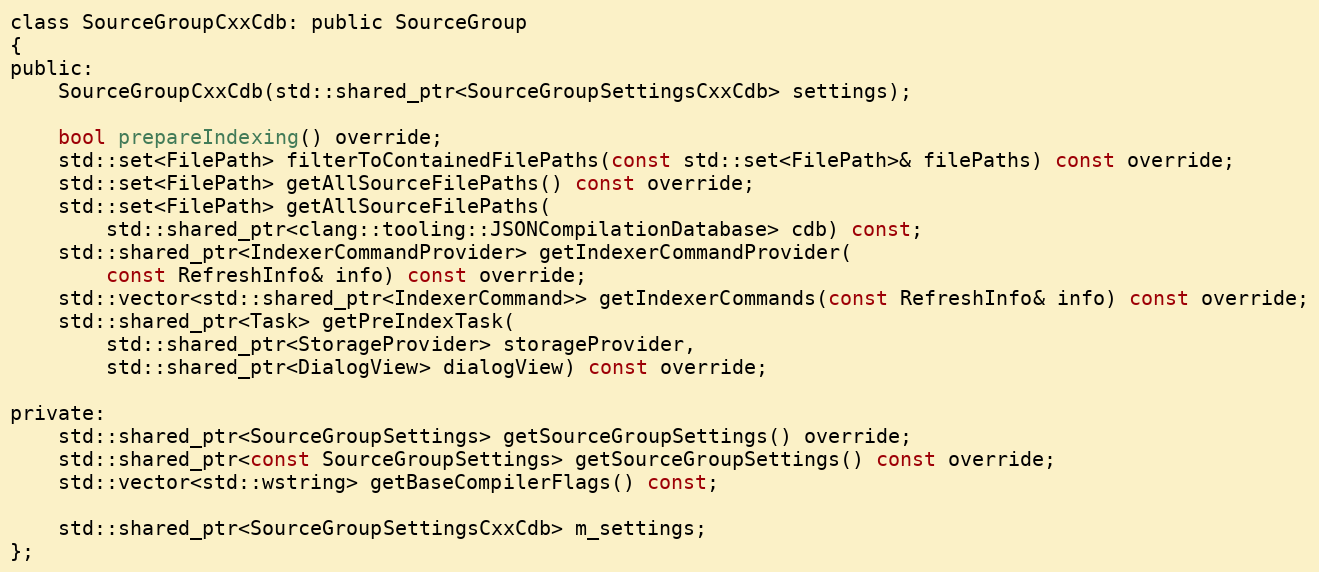
Language: C
class SourceGroupCxxCdb: public SourceGroup
{
public:
	SourceGroupCxxCdb(std::shared_ptr<SourceGroupSettingsCxxCdb> settings);

	bool prepareIndexing() override;
	std::set<FilePath> filterToContainedFilePaths(const std::set<FilePath>& filePaths) const override;
	std::set<FilePath> getAllSourceFilePaths() const override;
	std::set<FilePath> getAllSourceFilePaths(
		std::shared_ptr<clang::tooling::JSONCompilationDatabase> cdb) const;
	std::shared_ptr<IndexerCommandProvider> getIndexerCommandProvider(
		const RefreshInfo& info) const override;
	std::vector<std::shared_ptr<IndexerCommand>> getIndexerCommands(const RefreshInfo& info) const override;
	std::shared_ptr<Task> getPreIndexTask(
		std::shared_ptr<StorageProvider> storageProvider,
		std::shared_ptr<DialogView> dialogView) const override;

private:
	std::shared_ptr<SourceGroupSettings> getSourceGroupSettings() override;
	std::shared_ptr<const SourceGroupSettings> getSourceGroupSettings() const override;
	std::vector<std::wstring> getBaseCompilerFlags() const;

	std::shared_ptr<SourceGroupSettingsCxxCdb> m_settings;
};